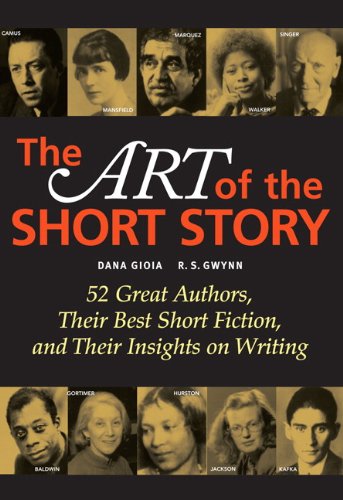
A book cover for The Art of the Short Story; Dana Gioia; Literature & Fiction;